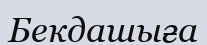
Бекдашыға